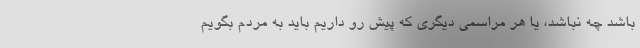
باشد چه نباشد، یا هر مراسمی دیگری که پیش رو داریم باید به مردم بگویم